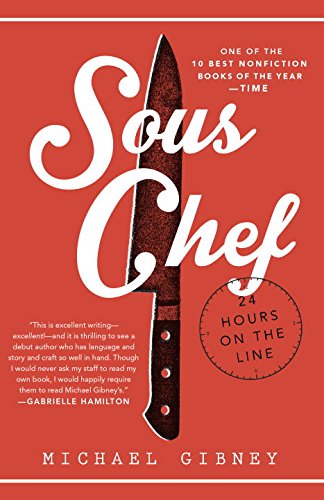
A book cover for Sous Chef: 24 Hours on the Line; Michael Gibney; Cookbooks, Food & Wine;